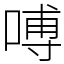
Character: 㗘